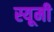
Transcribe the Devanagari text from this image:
स्यूमी